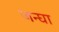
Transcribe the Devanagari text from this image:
जन्घा